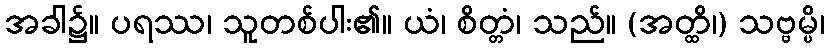
အခါ၌။ ပရဿ၊ သူတစ်ပါး၏။ ယံ၊ စိတ္တံ၊ သည်။ (အတ္ထိ၊) သဗ္ဗမ္ပိ၊